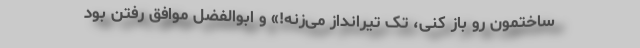
ساختمون رو باز کنی، تک تیرانداز می‌زنه!» و ابوالفضل موافق رفتن بود